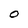
Character: O